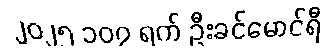
၂၀၂၅ ၁၀၇ ရက် ဦးခင်မောင်ရီ